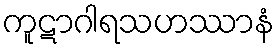
ကူဋာဂါရသဟဿာနံ